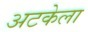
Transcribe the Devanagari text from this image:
अटकेला